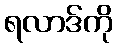
ရလာဒ်ကို